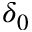
\delta _ { 0 }